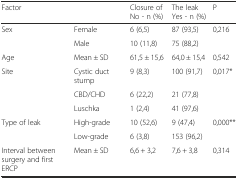
| <COLSPAN=2> Factor | Closure of No - n (%) | The leak Yes - n (%) | P |
 | --- | --- | --- | --- | --- |
 | <ROWSPAN=2> Sex | Female | 6 (6,5) | 87 (93,5) | 0,216 |
 | Male | 10 (11,8) | 75 (88,2) |  |
 | Age | Mean ± SD | 61,5 ± 15,6 | 64,0 ± 15,4 | 0,542 |
 | <ROWSPAN=3> Site | Cystic duct stump | 9 (8,3) | 100 (91,7) | 0,017* |
 | CBD/CHD | 6 (22,2) | 21 (77,8) |  |
 | Luschka | 1 (2,4) | 41 (97,6) |  |
 | <ROWSPAN=2> Type of leak | High-grade | 10 (52,6) | 9 (47,4) | 0,000** |
 | Low-grade | 6 (3,8) | 153 (96,2) |  |
 | Interval between surgery and first ERCP | Mean ± SD | 6,6 + 3,2 | 7,6 + 3,8 | 0,314 |